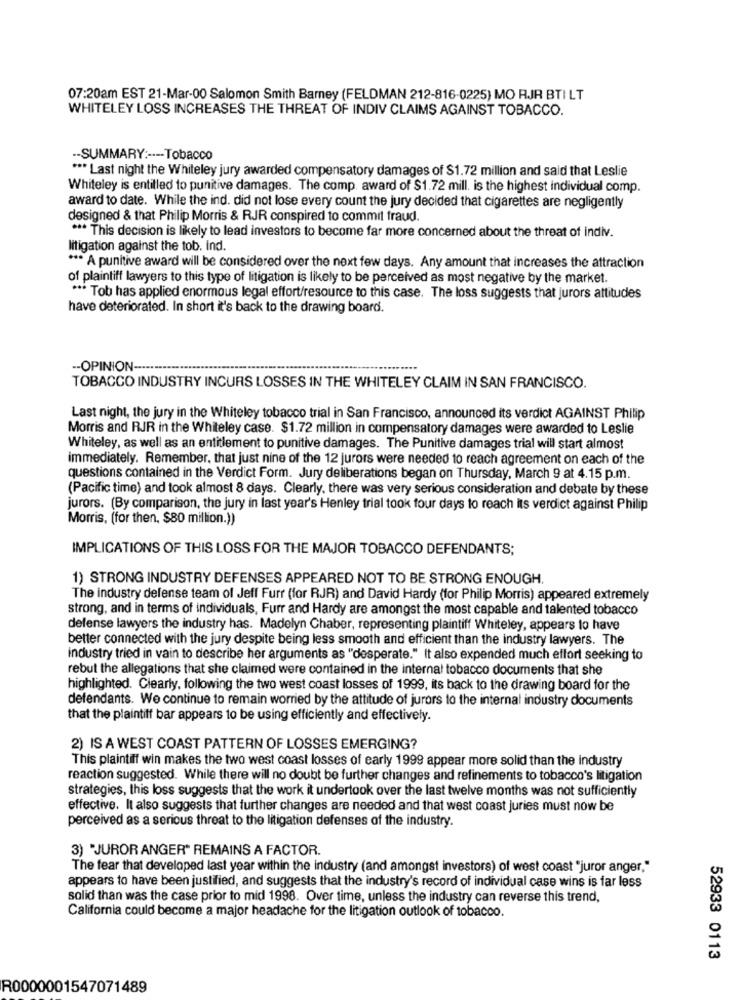
07:20am EST 21-Mar-00 Salomon Smith Barney (FELDMAN 212-816-0225) MO RJR BTI LT
WHITELEY LOSS INCREASES THE THREAT OF INDIV CLAIMS AGAINST TOBACCO.
-- SUMMARY :--- Tobacco
*** Last night the Whiteley jury awarded compensatory damages of $1.72 million and said that Leslie
Whiteley is entitled to punitive damages. The comp. award of $1.72 mill. is the highest individual comp.
award to date. While the ind. did not lose every count the jury decided that cigarettes are negligently
designed & that Philip Morris & RJR conspired to commit fraud.
*** This decision is likely to lead investors to become far more concerned about the threat of indiv.
litigation against the tob. Ind.
*** A punitive award will be considered over the next few days. Any amount that increases the attraction
of plaintiff lawyers to this type of litigation is likely to be perceived as most negative by the market.
*** Tob has applied enormous legal effort/resource to this case. The loss suggests that jurors attitudes
have deteriorated. In short it's back to the drawing board.
-OPINION -...
TOBACCO INDUSTRY INCURS LOSSES IN THE WHITELEY CLAIM IN SAN FRANCISCO.
Last night, the jury in the Whiteley tobacco trial in San Francisco, announced its verdict AGAINST Philip
Morris and RJR in the Whiteley case. $1.72 million in compensatory damages were awarded to Leslie
Whiteley, as well as an entitlement to punitive damages. The Punitive damages trial will start almost
immediately. Remember, that just nine of the 12 jurors were needed to reach agreement on each of the
questions contained in the Verdict Form. Jury deliberations began on Thursday, March 9 at 4.15 p.m.
(Pacific time) and took almost 8 days. Clearly, there was very serious consideration and debate by these
jurors. (By comparison, the jury in last year's Henley trial took four days to reach its verdict against Philip
Morris, (for then, $80 million.))
IMPLICATIONS OF THIS LOSS FOR THE MAJOR TOBACCO DEFENDANTS;
1) STRONG INDUSTRY DEFENSES APPEARED NOT TO BE STRONG ENOUGH.
The industry defense team of Jeff Furr (for RJR) and David Hardy (for Philip Morris) appeared extremely
strong, and in terms of individuals, Furr and Hardy are amongst the most capable and talented tobacco
defense lawyers the industry has. Madelyn Chaber, representing plaintiff Whiteley, appears to have
better connected with the jury despite being less smooth and efficient than the industry lawyers. The
industry tried in vain to describe her arguments as "desperate." It also expended much effort seeking to
rebut the allegations that she claimed were contained in the internal tobacco documents that she
highlighted. Clearly, following the two west coast losses of 1999, its back to the drawing board for the
defendants. We continue to remain worried by the attitude of jurors to the internal industry documents
that the plaintiff bar appears to be using efficiently and effectively.
2) IS A WEST COAST PATTERN OF LOSSES EMERGING?
This plaintiff win makes the two west coast losses of early 1999 appear more solid than the industry
reaction suggested. While there will no doubt be further changes and refinements to tobacco's litigation
strategies, this loss suggests that the work it undertook over the last twelve months was not sufficiently
effective. It also suggests that further changes are needed and that west coast juries must now be
perceived as a serious threat to the litigation defenses of the industry.
3) "JUROR ANGER* REMAINS A FACTOR.
The fear that developed last year within the industry (and amongst investors) of west coast "juror anger."
appears to have been justified, and suggests that the industry's record of individual case wins is far less
solid than was the case prior to mid 1998. Over time, unless the industry can reverse this trend,
California could become a major headache for the litigation outlook of tobacco.
52933 0113
R0000001547071489